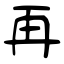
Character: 再